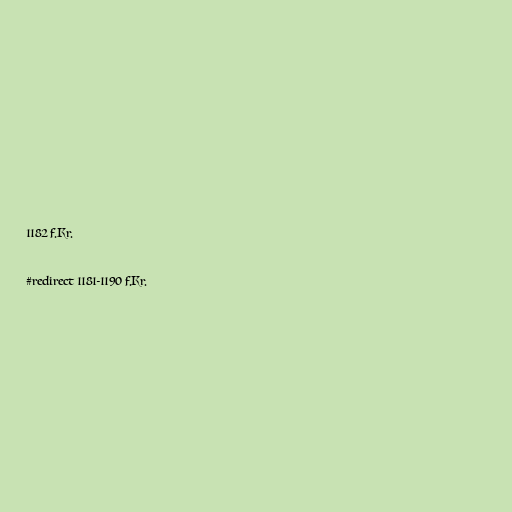
1182 f.Kr.

#redirect 1181-1190 f.Kr.